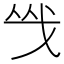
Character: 㦰